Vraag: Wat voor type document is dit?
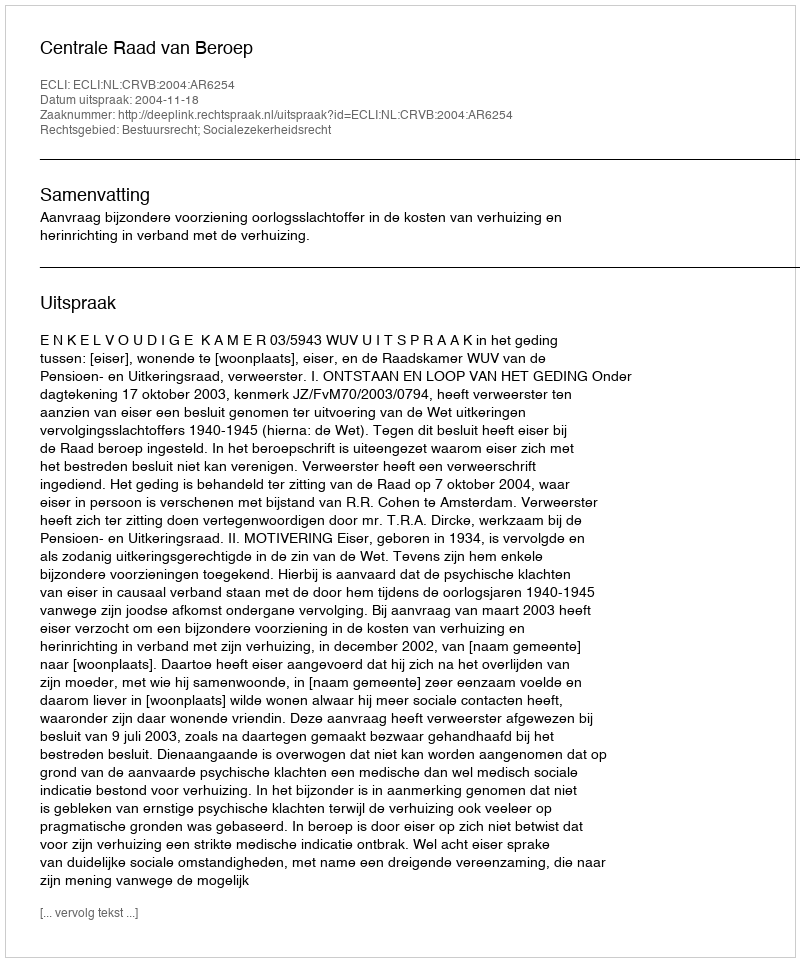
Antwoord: Uitspraak